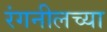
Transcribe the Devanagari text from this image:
रंगनीलच्या